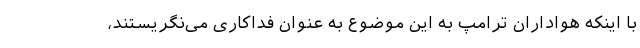
با اینکه هواداران ترامپ به این موضوع به عنوان فداکاری می‌نگریستند،